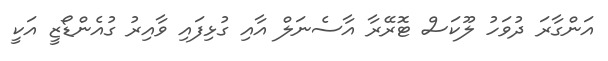
އަންގާރަ ދުވަހު ލޫކަސް ޓޮރޭރާ އާސެނަލް އާއި ގުޅިފައި ވާއިރު ގުއެންޑޯޒީ އަކީ